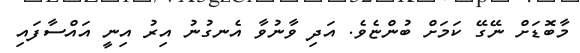
މާބޮޑަށް ނޭގޭ ކަމަށް ބުންޏެވެ. އަދި ވާނުވާ އެނގުނު އިރު އިނީ އައްސާފައި